Bréfritari: Jóhannes Halldórsson
Dagsetning: A-1875-05-16
Skrifað á: Vesturheimi

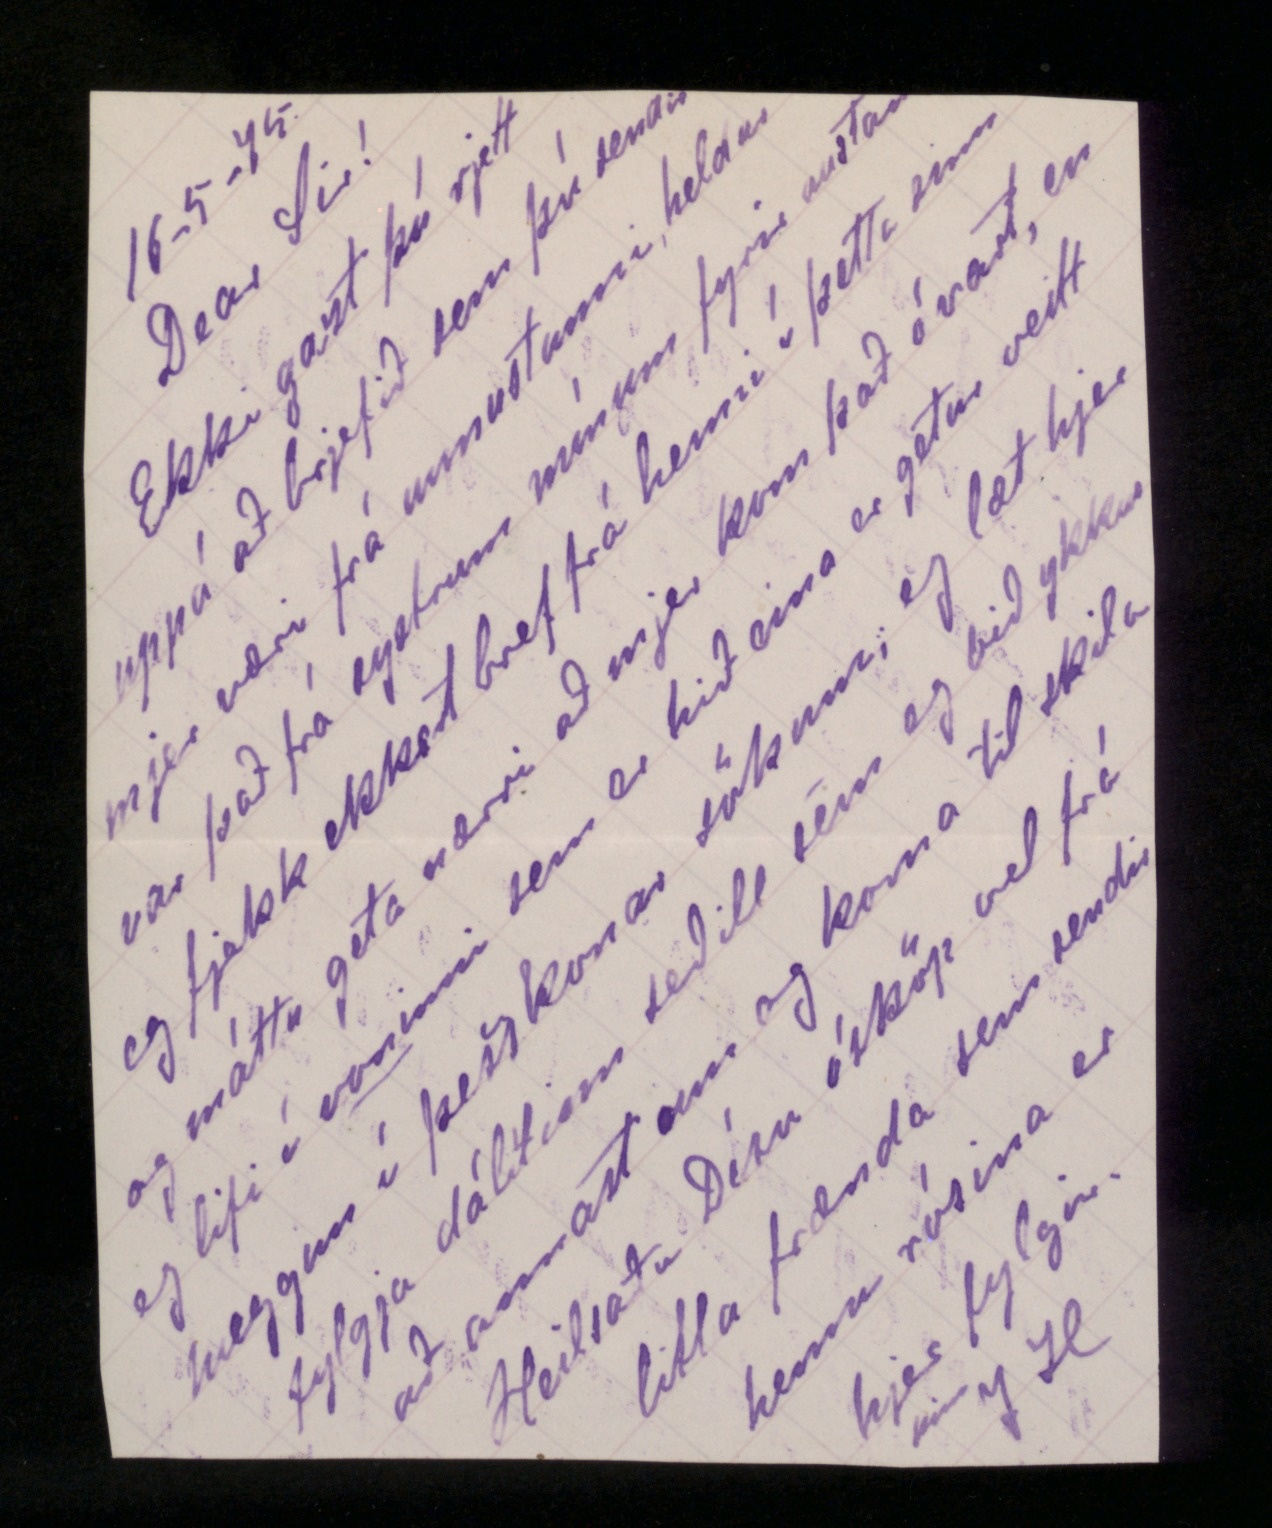

16-5-75
Dear Sir!
Ekki gazt þú rjett uppá að brjefið sem þú sendir mjer væri frá unnustunni, heldur var það frá systrum mínum fyrir austan eg fjekk ekkert bref frá henni í þetta sinn og máttu geta nærri að mjer kom það óvart, en eg lifi í
voninni
sem er hið eina er getur veitt huggun í þess konar sökum, eg læt hjer fylgja dálítinn seðill sem eg bið ykkur að annast um og koma til skila
Heilsaðu Dóru ósköp vel frá litla frænda sem sendi henni rósina er hjer fylgir.
Þinn J H